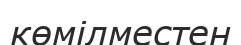
көмілместен